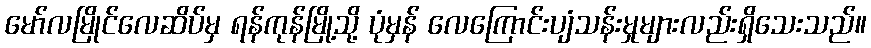
မော်လမြိုင်လေဆိပ်မှ ရန်ကုန်မြို့သို့ ပုံမှန် လေကြောင်းပျံသန်းမှုများလည်းရှိသေးသည်။